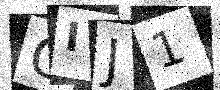
Text: OIJ1